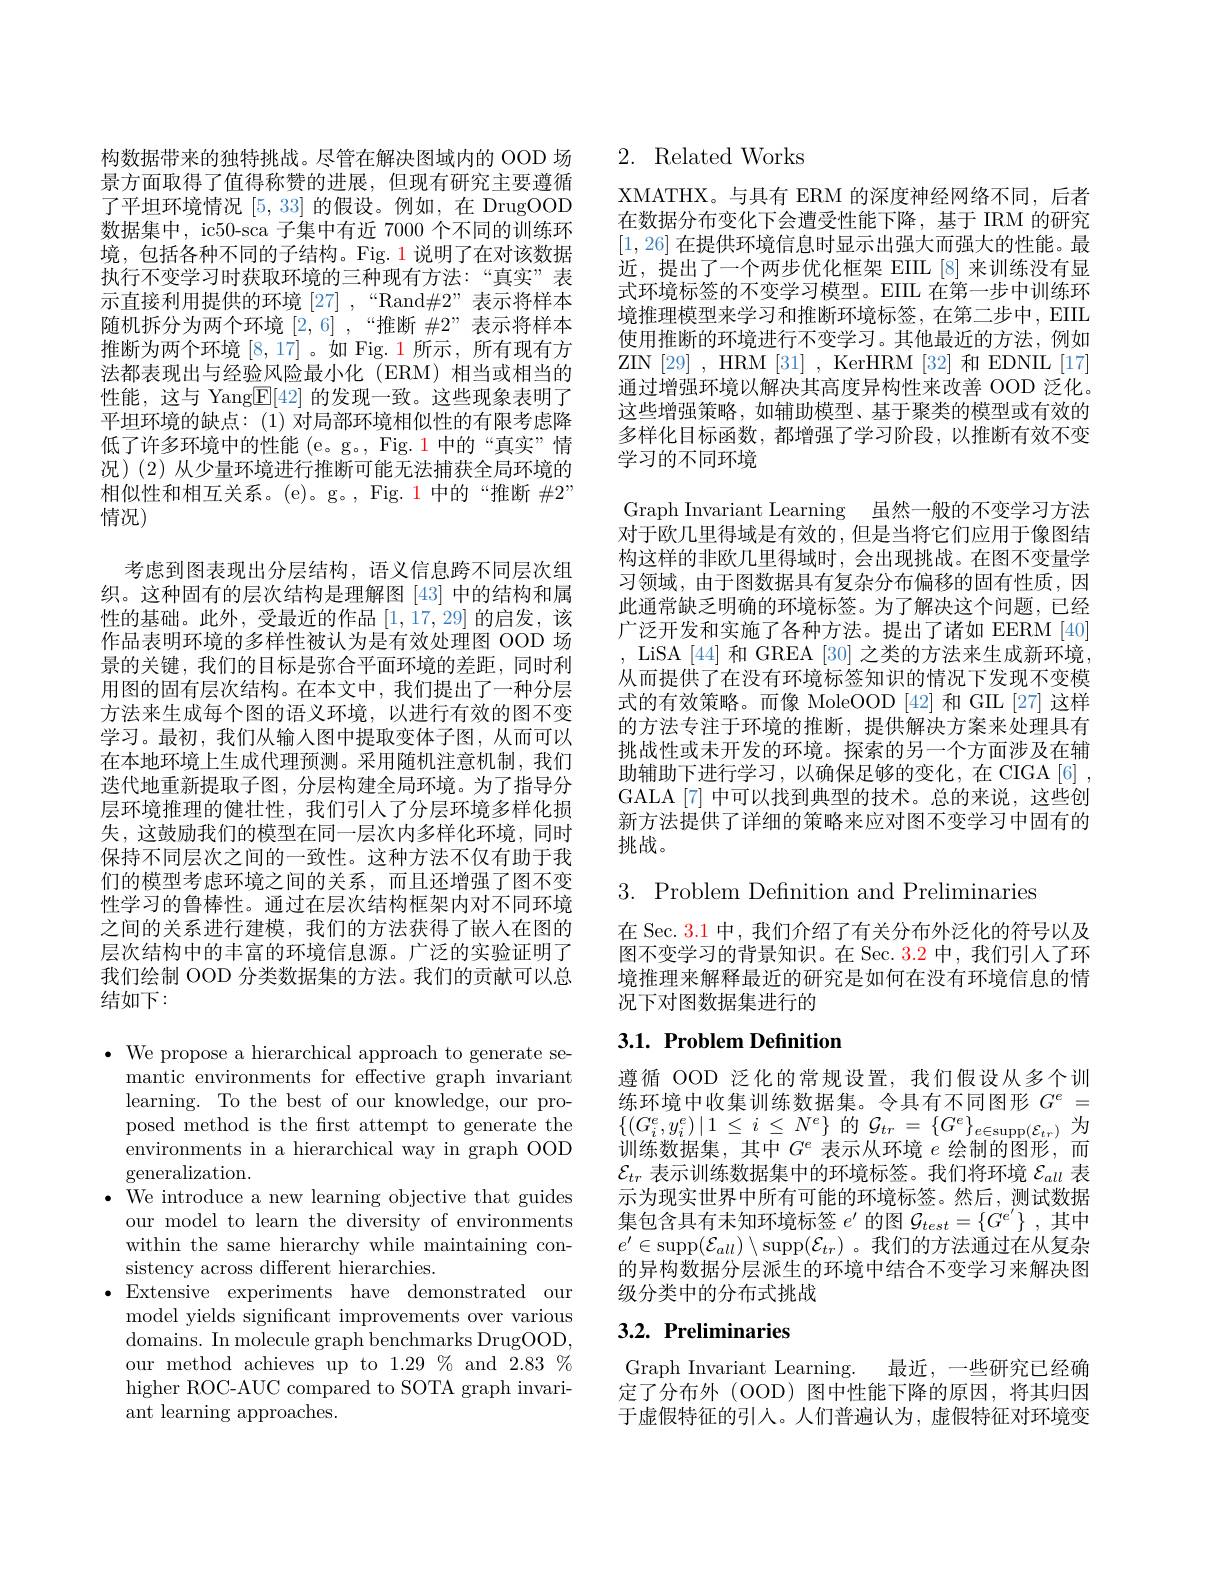
构数据带来的独特挑战。尽管在解决图域内的 OOD 场景方面取得了值得称赞的进展，但现有研究主要遵循了平坦环境情况[5,33]的假设。例如，在 DrugOOD 数据集中，ic50-sca 子集中有近 7000 个不同的训练环境，包括各种不同的子结构。Fig. 1 说明了在对该数据执行不变学习时获取环境的三种现有方法：“真实”表示直接利用提供的环境$[27],“$Rand$\#2”$表示将样本随机拆分为两个环境[2,6] ,“推断$\#2”$表示将样本推断为两个环境[8,17]。如 Fig. 1 所示，所有现有方法都表现出与经验风险最小化(ERM)相当或相当的性能，这与 Yang$\underline{\mathrm{E}}[42]$的发现一致。这些现象表明了平坦环境的缺点：(1)对局部环境相似性的有限考虑降低了许多环境中的性能 (e。g。, Fig.1 中的“真实”情况)(2)从少量环境进行推断可能无法捕获全局环境的相似性和相互关系。(e)。g。, Fig. 1 中的“推断 #2” 情况)
考虑到图表现出分层结构，语义信息跨不同层次组织。这种固有的层次结构是理解图[43]中的结构和属性的基础。此外，受最近的作品[1,17,29]的启发，该作品表明环境的多样性被认为是有效处理图 OOD 场景的关键，我们的目标是弥合平面环境的差距，同时利用图的固有层次结构。在本文中，我们提出了一种分层方法来生成每个图的语义环境，以进行有效的图不变学习。最初，我们从输人图中提取变体子图，从而可以在本地环境上生成代理预测。采用随机注意机制，我们迭代地重新提取子图，分层构建全局环境。为了指导分层环境推理的健壮性，我们引人了分层环境多样化损失，这鼓励我们的模型在同一层次内多样化环境，同时保持不同层次之间的一致性。这种方法不仅有助于我们的模型考虑环境之间的关系，而且还增强了图不变性学习的鲁棒性。通过在层次结构框架内对不同环境之间的关系进行建模，我们的方法获得了嵌人在图的层次结构中的丰富的环境信息源。广泛的实验证明了我们绘制 OOD 分类数据集的方法。我们的贡献可以总结如下：
$\cdot$ We propose a hierarchical approach to generate se-

mantic environments for effective graph invariant learning. To the best of our knowledge, our proposed method is the first attempt to generate the environments in a hierarchical way in graph OOD generalization.
$\bullet$ We introduce a new learning objective that guides
our model to learn the diversity of environments within the same hierarchy while maintaining consistency across different hierarchies.
$\bullet$Extensive experiments have demonstrated our
model yields significant improvements over various domains. In molecule graph benchmarks DrugOOD, our method achieves up to 1.29% and 2.83% higher ROC-AUC compared to SOTA graph invariant learning approaches.

## 2. Related Works

XMATHX。与具有 ERM 的深度神经网络不同，后者在数据分布变化下会遭受性能下降，基于 IRM 的研究[1,26]在提供环境信息时显示出强大而强大的性能。最近，提出了一个两步优化框架 EIIL[8]来训练没有显式环境标签的不变学习模型。EIIL 在第一步中训练环境推理模型来学习和推断环境标签，在第二步中，EIIL 使用推断的环境进行不变学习。其他最近的方法，例如ZIN[29],HRM[31],KerHRM[32]和EDNIL[17] 通过增强环境以解决其高度异构性来改善 OOD 泛化。这些增强策略，如辅助模型、基于聚类的模型或有效的多样化目标函数，都增强了学习阶段，以推断有效不变学习的不同环境

Graph Invariant Learning 虽然一般的不变学习方法对于欧几里得域是有效的，但是当将它们应用于像图结构这样的非欧几里得域时，会出现挑战。在图不变量学习领域，由于图数据具有复杂分布偏移的固有性质，因此通常缺乏明确的环境标签。为了解决这个问题，已经广泛开发和实施了各种方法。提出了诸如 EERM[40] , LiSA[44] 和 GREA[30] 之类的方法来生成新环境从而提供了在没有环境标签知识的情况下发现不变模式的有效策略。而像 MoleOOD [42] 和 GIL [27] 这样的方法专注于环境的推断，提供解决方案来处理具有挑战性或未开发的环境。探索的另一个方面涉及在辅助辅助下进行学习，以确保足够的变化，在 CIGA[6] , GALA[7] 中可以找到典型的技术。总的来说，这些创新方法提供了详细的策略来应对图不变学习中固有的挑战。

$3.{\mathrm{~Problem~Definition~and~Preliminaries}}$

在 Sec. 3.1 中，我们介绍了有关分布外泛化的符号以及图不变学习的背景知识。在 Sec. 3.2 中，我们引人了环境推理来解释最近的研究是如何在没有环境信息的情况下对图数据集进行的

## 3.1. Problem Definition

遵循 OOD 泛化的常规设置，我们假设从多个训练环境中收集训练数据集。令具有不同图形$G^e=$ $\left\{(G_{i}^{e},y_{i}^{e})\mid1\right.\leq i\leq N^{e}\}$的$\mathcal{G}_tr=\left\{G^{e}\right\}_{e\in\operatorname{supp}(\mathcal{E}_{tr})}$为训练数据集，其中$G^e$表示从环境$e$绘制的图形，而$\mathcal{E}_{tr}$表示训练数据集中的环境标签。我们将环境$\mathcal{E}_all$表示为现实世界中所有可能的环境标签。然后，测试数据集包含具有未知环境标签$e^{\prime}$的图$\mathcal{G}_test=\{G^{e^{\prime}}\}$,其中$e^{\prime}\in\operatorname{supp}(\mathcal{E}_{all})\setminus\operatorname{supp}(\mathcal{E}_{tr})$。我们的方法通过在从复杂的异构数据分层派生的环境中结合不变学习来解决图级分类中的分布式挑战

# 3.2. Preliminaries

Graph Invariant Learning. 最近，一些研究已经确定了分布外(OOD)图中性能下降的原因，将其归因于虚假特征的引入。人们普遍认为，虚假特征对环境变